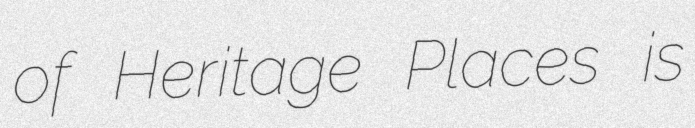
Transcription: of Heritage Places is